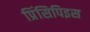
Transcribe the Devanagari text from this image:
प्रिंसिपिइस